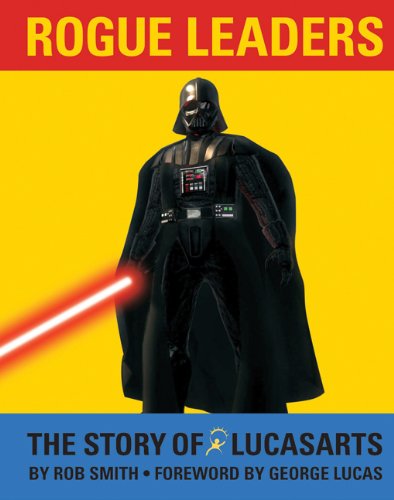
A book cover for Rogue Leaders: The Story of LucasArts; Rob Smith; Business & Money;